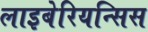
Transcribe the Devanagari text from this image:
लाइबेरियन्सिस